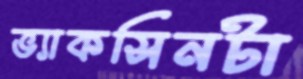
ভ্যাকসিনটা